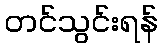
တင်သွင်းရန်